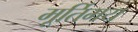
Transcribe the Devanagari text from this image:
मूर्तिमय